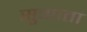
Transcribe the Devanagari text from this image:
सुगाता